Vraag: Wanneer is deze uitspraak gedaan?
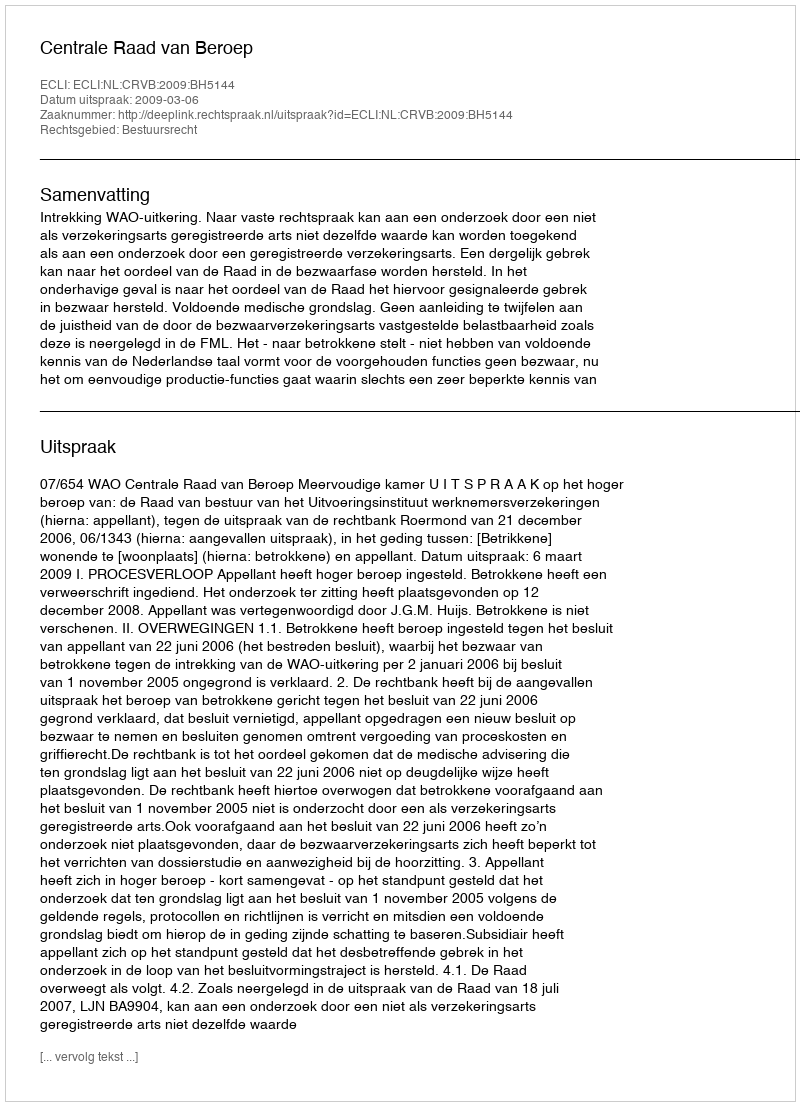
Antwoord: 2009-03-06